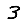
Digit: 3